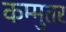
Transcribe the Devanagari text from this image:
कम्मुतर